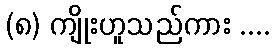
(၈) ကျိုးဟူသည်ကား ....